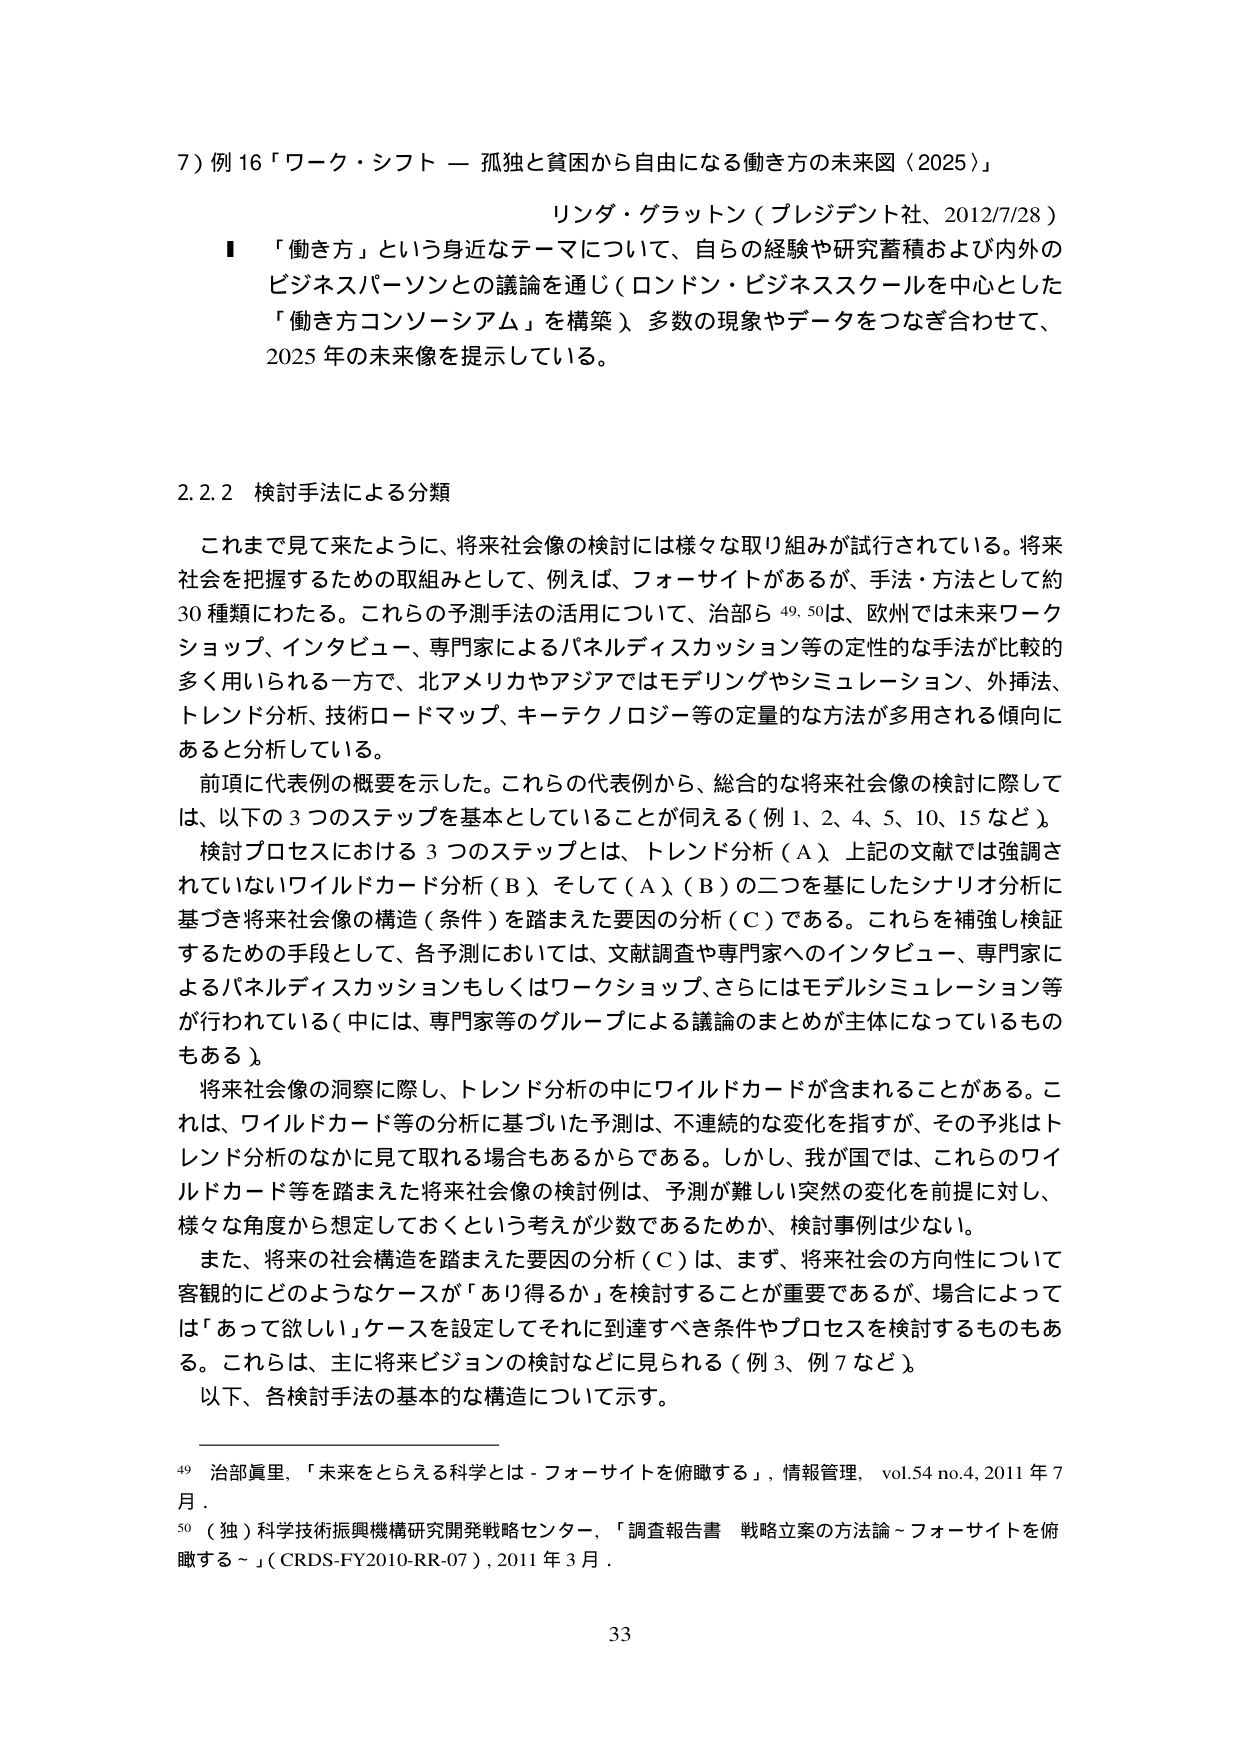
7) 例16「ワーク・シフト — 孤独と貧困から自由になる働き方の未来図（2025）」

リンド・グラットン（プレジデント社、2012/7/28）

■ 「働き方」という身近なテーマについて、自らの経験や研究蓄積および内外のビジネスパーソンとの議論を通じ（ロンドン・ビジネススクールを中心とした「働き方コンソーシアム」を構築）、多数の現象やデータをつなぎ合わせて、2025年の未来像を提示している。

2.2.2 検討手法による分類

これまで見て来たように、将来社会像の検討には様々な取り組みが試行されている。将来社会を把握するための取組みとして、例えば、フォーサイトがあるが、手法・方法として約30種類にわたる。これらの予測手法の活用について、治部ら49,50は、欧州では未来ワークショップ、インタビュー、専門家によるパネルディスカッション等の定性的な手法が比較的多く用いられる一方で、北アメリカやアジアではモデリングやシミュレーション、外挿法、トレンド分析、技術ロードマップ、キーテクノロジー等の定量的な方法が多用される傾向にあると分析している。

前項に代表例の概要を示した。これらの代表例から、総合的な将来社会像の検討に際しては、以下の3つのステップを基本としていることが伺える（例1、2、4、5、10、15など）。検討プロセスにおける3つのステップとは、トレンド分析（A）、上記の文献では強調されていないワイルドカード分析（B）、そして（A）（B）の二つを基にしたシナリオ分析に基づき将来社会像の構造（条件）を踏まえた要因の分析（C）である。これらを補強し検証するための手段として、各予測においては、文献調査や専門家へのインタビュー、専門家によるパネルディスカッションもしくはワークショップ、さらにはモデルシミュレーション等が行われている（中には、専門家等のグループによる議論のまとめが主体になっているものもある）。

将来社会像の洞察に際し、トレンド分析の中にワイルドカードが含まれることがある。これは、ワイルドカード等の分析に基づいた予測は、不連続的な変化を指すが、その予兆はトレンド分析のなかに見て取れる場合もあるからである。しかし、我が国では、これらのワイルドカード等を踏まえた将来社会像の検討例は、予測が難しい突然の変化を前提に対し、様々な角度から想定しておくという考えが少数であるためか、検討事例は少ない。

また、将来の社会構造を踏まえた要因の分析（C）は、まず、将来社会の方向性について客観的にどのようなケースが「あり得るか」を検討することが重要であるが、場合によっては「あって欲しい」ケースを設定してそれに到達すべき条件やプロセスを検討するものもある。これらは、主に将来ビジョンの検討などに見られる（例3、例7など）。

以下、各検討手法の基本的な構造について示す。

49 治部真里、「未来をとらえる科学とは - フォーサイトを俯瞰する」、情報管理、vol.54 no.4、2011年7月。

50 （独）科学技術振興機構研究開発戦略センター、「調査報告書 戦略立案の方法論～フォーサイトを俯瞰する～」（CRDS-FY2010-RR-07）、2011年3月。

33